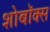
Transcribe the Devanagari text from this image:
शोबॉक्स